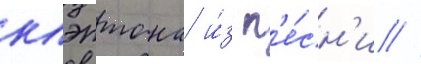
клэптона и́з п'е́сн'и //